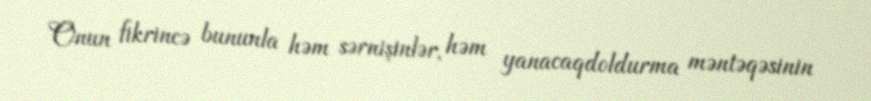
Onun fikrincə bununla həm sərnişinlər, həm yanacaqdoldurma məntəqəsinin